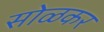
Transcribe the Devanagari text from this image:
सोळकर